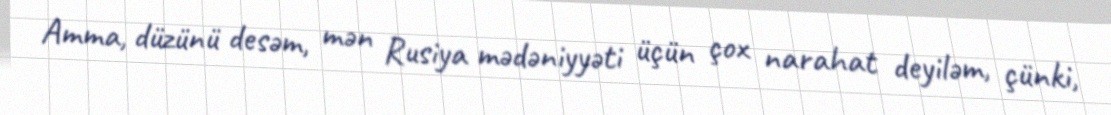
Amma, düzünü desəm, mən Rusiya mədəniyyəti üçün çox narahat deyiləm, çünki,